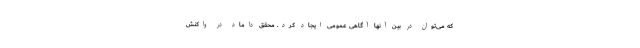
که می‌توان در بین آنها آگاهی عمومی ایجاد کرد. محقق داماد در واکنش